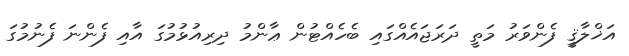
އަޚްލާޤީ ފެންވަރު މަތީ ދަރަޖައެއްގައި ބެހެއްޓުން ޢާންމު ދިރިއުޅުމުގަ އާއި ފެންނަ ފެނުމުގަ